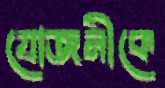
যোজনীকে